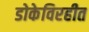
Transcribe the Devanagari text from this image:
डोकेविरहीत